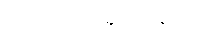
ဂုဏ်ရှိသူကို ချီးမွမ်းရကျိုး